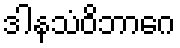
ဒါနသံဝိဘာဂေ